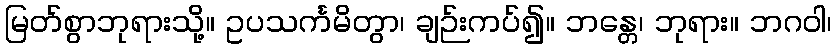
မြတ်စွာဘုရားသို့။ ဥပသင်္ကမိတွာ၊ ချဉ်းကပ်၍။ ဘန္တေ၊ ဘုရား။ ဘဂဝါ၊